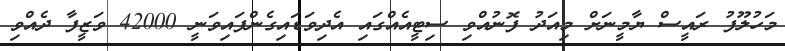
މަހުލޫފު ރައީސް ޔާމީނަށް މިއަދު ފޮނުއްވި ސިޓީއެއްގައި އެދިވަޑައިގެންފައިވަނީ 42000 ވަޒީފާ ދެއްވި